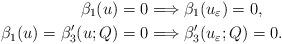
LaTeX: \begin{align*} \beta_1(u) = 0 & \Longrightarrow \beta_1(u_{\varepsilon}) = 0, \\ \beta_1(u) = \beta'_3(u; Q) = 0 & \Longrightarrow \beta'_3(u_{\varepsilon}; Q) = 0. \end{align*}